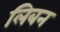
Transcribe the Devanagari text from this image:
लिबन